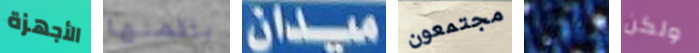
الأجهزة باكملها ميدان مجتمعون بانني ولكن